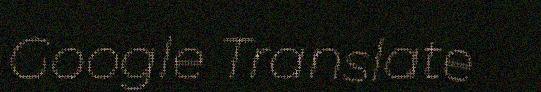
Google Translate